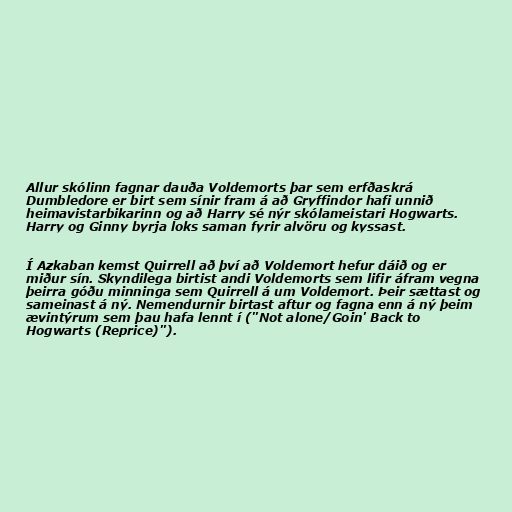
Allur skólinn fagnar dauða Voldemorts þar sem erfðaskrá
Dumbledore er birt sem sínir fram á að Gryffindor hafi unnið
heimavistarbikarinn og að Harry sé nýr skólameistari Hogwarts.
Harry og Ginny byrja loks saman fyrir alvöru og kyssast.

Í Azkaban kemst Quirrell að því að Voldemort hefur dáið og er
miður sín. Skyndilega birtist andi Voldemorts sem lifir áfram vegna
þeirra góðu minninga sem Quirrell á um Voldemort. Þeir sættast og
sameinast á ný. Nemendurnir birtast aftur og fagna enn á ný þeim
ævintýrum sem þau hafa lennt í ("Not alone/Goin' Back to
Hogwarts (Reprice)").